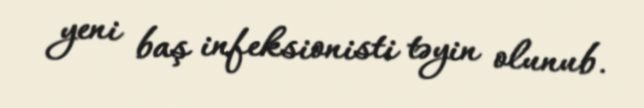
yeni baş infeksionisti təyin olunub.